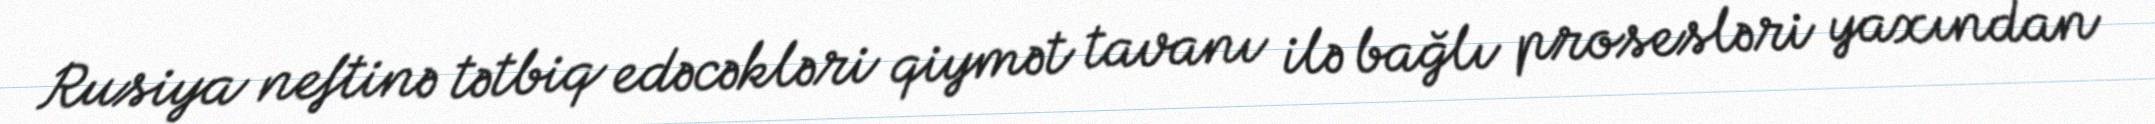
Rusiya neftinə tətbiq edəcəkləri qiymət tavanı ilə bağlı prosesləri yaxından